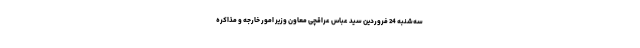
سه‌شنبه 24 فروردین سید عباس عراقچی معاون وزیر امور خارجه و مذاکره